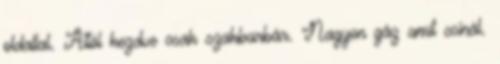
oldallal. Attól kezdve csak szakbarbár. Nagyon gáz amit csinál.